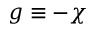
g \equiv - \chi